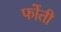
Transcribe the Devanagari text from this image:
फोंती